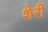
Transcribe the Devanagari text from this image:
शेर्री